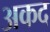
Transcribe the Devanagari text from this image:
अकद